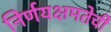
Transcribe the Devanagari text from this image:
निर्णयक्षमतेची